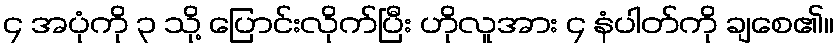
၄ အပုံကို ၃ သို့ ပြောင်းလိုက်ပြီး ဟိုလူအား ၄ နံပါတ်ကို ချစေ၏။